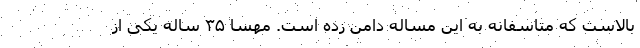
بالاست که متاسفانه به این مساله دامن زده است. مهسا ۳۵ ساله یکی از